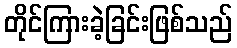
တိုင်ကြားခဲ့ခြင်းဖြစ်သည်